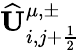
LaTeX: \widehat{\mathbf{U}}_{i,j+\frac{1}{2}}^{\mu,\pm}